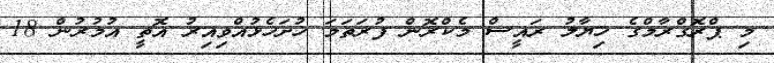
މި ޕްރޮގްރާމްގެ ޚިޔާލު ރައީސް މެކްރޮން ފުރަތަމަ ހުށަހެޅުއްވިއިރު އޮތީ އުމުރުން 18